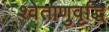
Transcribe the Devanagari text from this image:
श्वेताणुवृद्धि